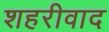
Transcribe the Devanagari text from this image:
शहरीवाद